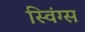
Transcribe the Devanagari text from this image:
स्विंग्स